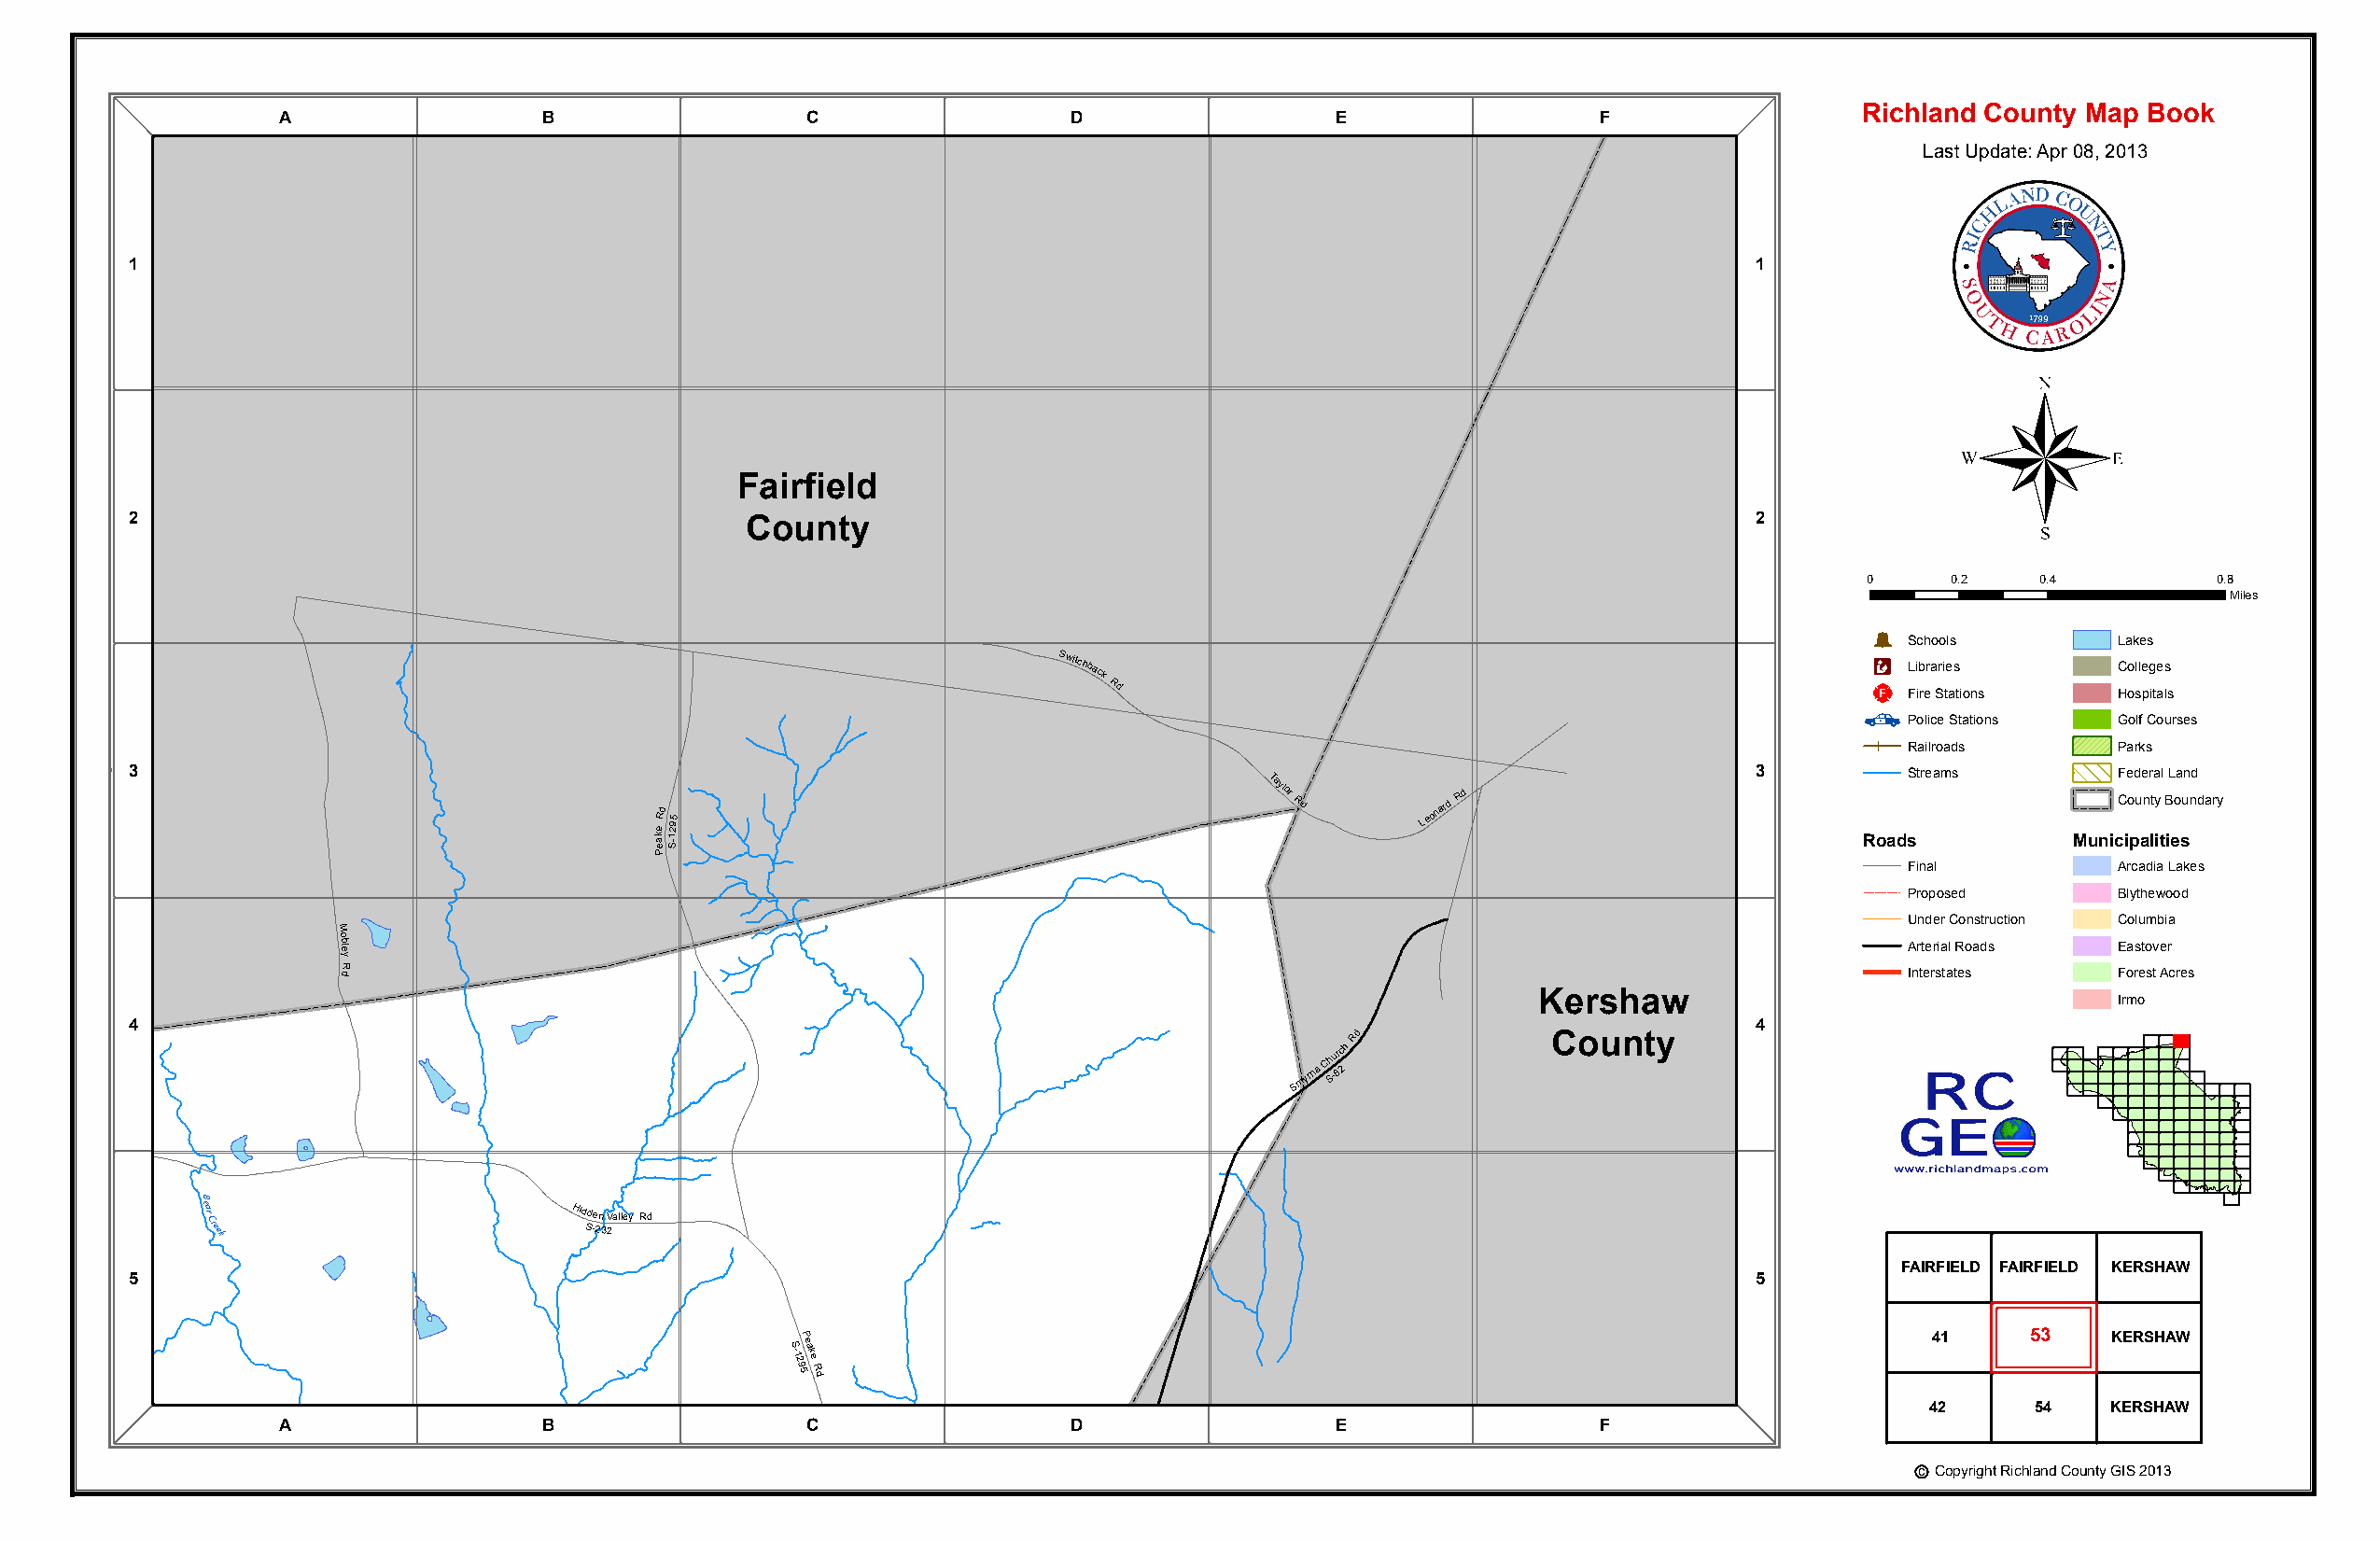
Richland County Map Book
 A                 B                  C                  D                  E                 F
 Last Update: Apr 08, 2013
 1                                                                                                                   1
 ®
 Fairfield
 2                                                                                                                   2
 County
 0     0.2    0.4         0.8
 Miles
 Þ
 Schools        Lakes
 Switchback
 Rd
 _¨Æc
 L Fi ib rera Sri te as
 tions
 C Ho ol sle pg ite as
 ls
 Police Stations Golf Courses
 Railroads      Parks
 3                                                                                                                   3         Streams        Federal Land
 a ek
 Pe
 Rd
 1-S295
 Taylor
 Rd       Leonard
 Rd
 Roads
 MunicC io pu an lty
 it
 B ieo sundary
 Final          Arcadia Lakes
 Proposed       Blythewood
 M
 Under Construction Columbia
 ob
 el
 y
 R
 Arterial Roads Eastover
 d                                                                                                              Interstates    Forest Acres
 Kershaw                                  Irmo
 4                                                                                                                   4
 Smyrna
 Ch S-ur 8c 2h
 Rd
 County
 Hidden
 S
 V -2a 3ll 2ey Rd
 B
 ear Creek                 Hid Sd -e 2n
 3
 V 2alley Rd
 B
 -S 22
 1ear
 C reek
 R
 5                                                                                                                   5         FAIRFIELD FAIRFIELD KERSHAW
 d
 P                                                                               41     53    KERSHAW
 S -1295eake
 R
 d
 42     54    KERSHAW
 A                 B                  C                  D                  E                 F
 c Copyright Richland County GIS 2013
 Bear
 Creek
 S
 -129
 5P
 eake
 R
 d